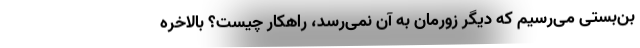
بن‌بستی می‌رسیم که دیگر زورمان به آن نمی‌رسد، راهکار چیست؟ بالاخره